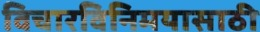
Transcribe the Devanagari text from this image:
विचारविनिमयासाठी